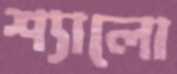
শ্যালো